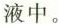
液中。